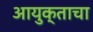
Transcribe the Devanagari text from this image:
आयुक्ताचा